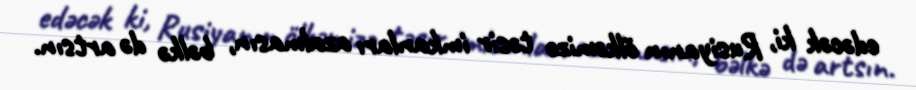
edəcək ki, Rusiyanın ölkəmizə təsir imkanları azalmasın, bəlkə də artsın.